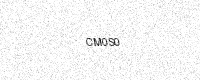
Text: CM0S0